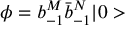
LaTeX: \phi = b _ { - 1 } ^ { M } \bar { b } _ { - 1 } ^ { N } \vert 0 >